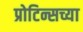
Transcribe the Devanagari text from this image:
प्रोटिन्सच्या